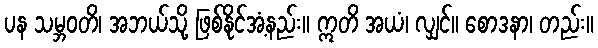
ပန သမ္ဘဝတိ၊ အဘယ်သို့ ဖြစ်နိုင်အံ့နည်း။ ဣတိ အယံ၊ လျှင်။ စောဒနာ၊ တည်း။